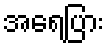
အရေပြား